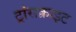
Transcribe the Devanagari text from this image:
ट्रांसक्राइट